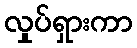
လှုပ်ရှားကာ